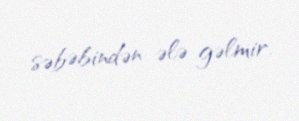
səbəbindən ələ gəlmir.